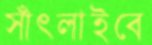
সাঁৎলাইবে